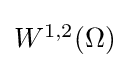
{\textstyle W^{1,2}(\Omega )}